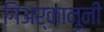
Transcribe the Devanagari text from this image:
गिअर्कानूनी